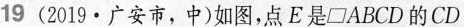
19(2019·广安市，中)如图，点E是\parallelogram ABCD的CD